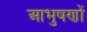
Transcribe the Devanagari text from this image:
आभुषणों